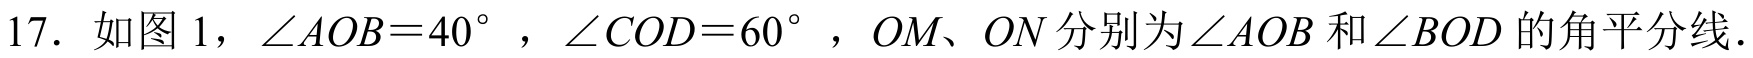
17. 如图 1，\(\angle AOB = 40^{\circ}\)，\(\angle COD = 60^{\circ}\)，\(OM\)、\(ON\)分别为\(\angle AOB\)和\(\angle BOD\)的角平分线．